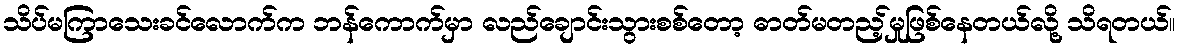
သိပ်မကြာသေးခင်လောက်က ဘန်ကောက်မှာ လည်ချောင်းသွားစစ်တော့ ဓာတ်မတည့်မှုဖြစ်နေတယ်လို့ သိရတယ်။